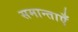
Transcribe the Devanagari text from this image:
समान्ताएँ